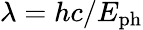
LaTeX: \lambda=hc/E_{\mathrm{ph}}